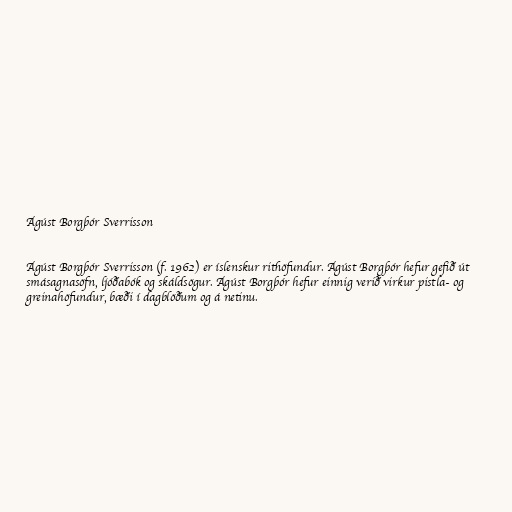
Ágúst Borgþór Sverrisson

Ágúst Borgþór Sverrisson (f. 1962) er íslenskur rithöfundur. Ágúst Borgþór hefur gefið út
smásagnasöfn, ljóðabók og skáldsögur. Ágúst Borgþór hefur einnig verið virkur pistla- og
greinahöfundur, bæði í dagblöðum og á netinu.